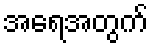
အရေအတွက်